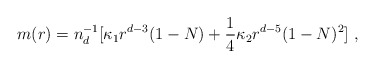
\begin{align*}m(r)=n_d^{-1}[\kappa_1 r^{d-3}(1-N)+\frac14\kappa_2 r^{d-5}(1-N)^2]\ ,\end{align*}